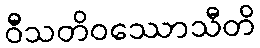
ဝီသတိဝဿောသီတိ